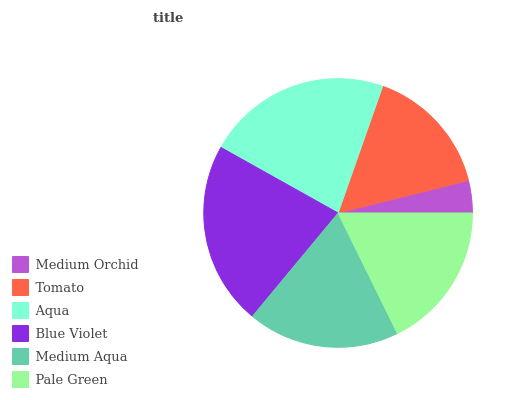
| Medium Orchid | Tomato | Aqua | Blue Violet | Medium Aqua | Pale Green |
 | --- | --- | --- | --- | --- | --- |
 | 3.88% | 15.7% | 22.3% | 22.1% | 18.3% | 17.7% |